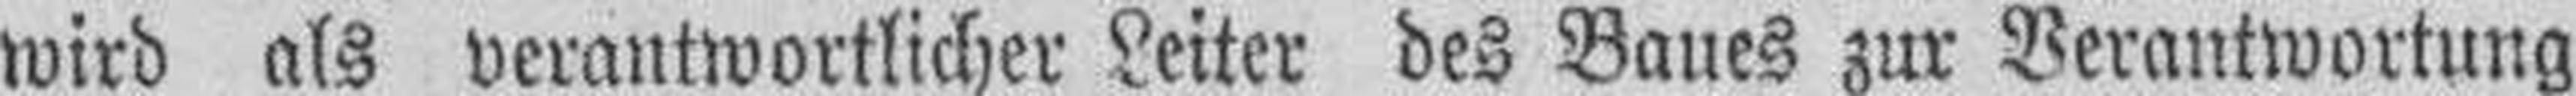
wird als verantwortlicher Leiter des Baues zur Verantwortung